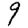
Digit: 9